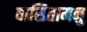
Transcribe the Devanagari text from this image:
वासितामनु